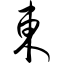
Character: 东